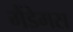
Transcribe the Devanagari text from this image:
मैंडेमस